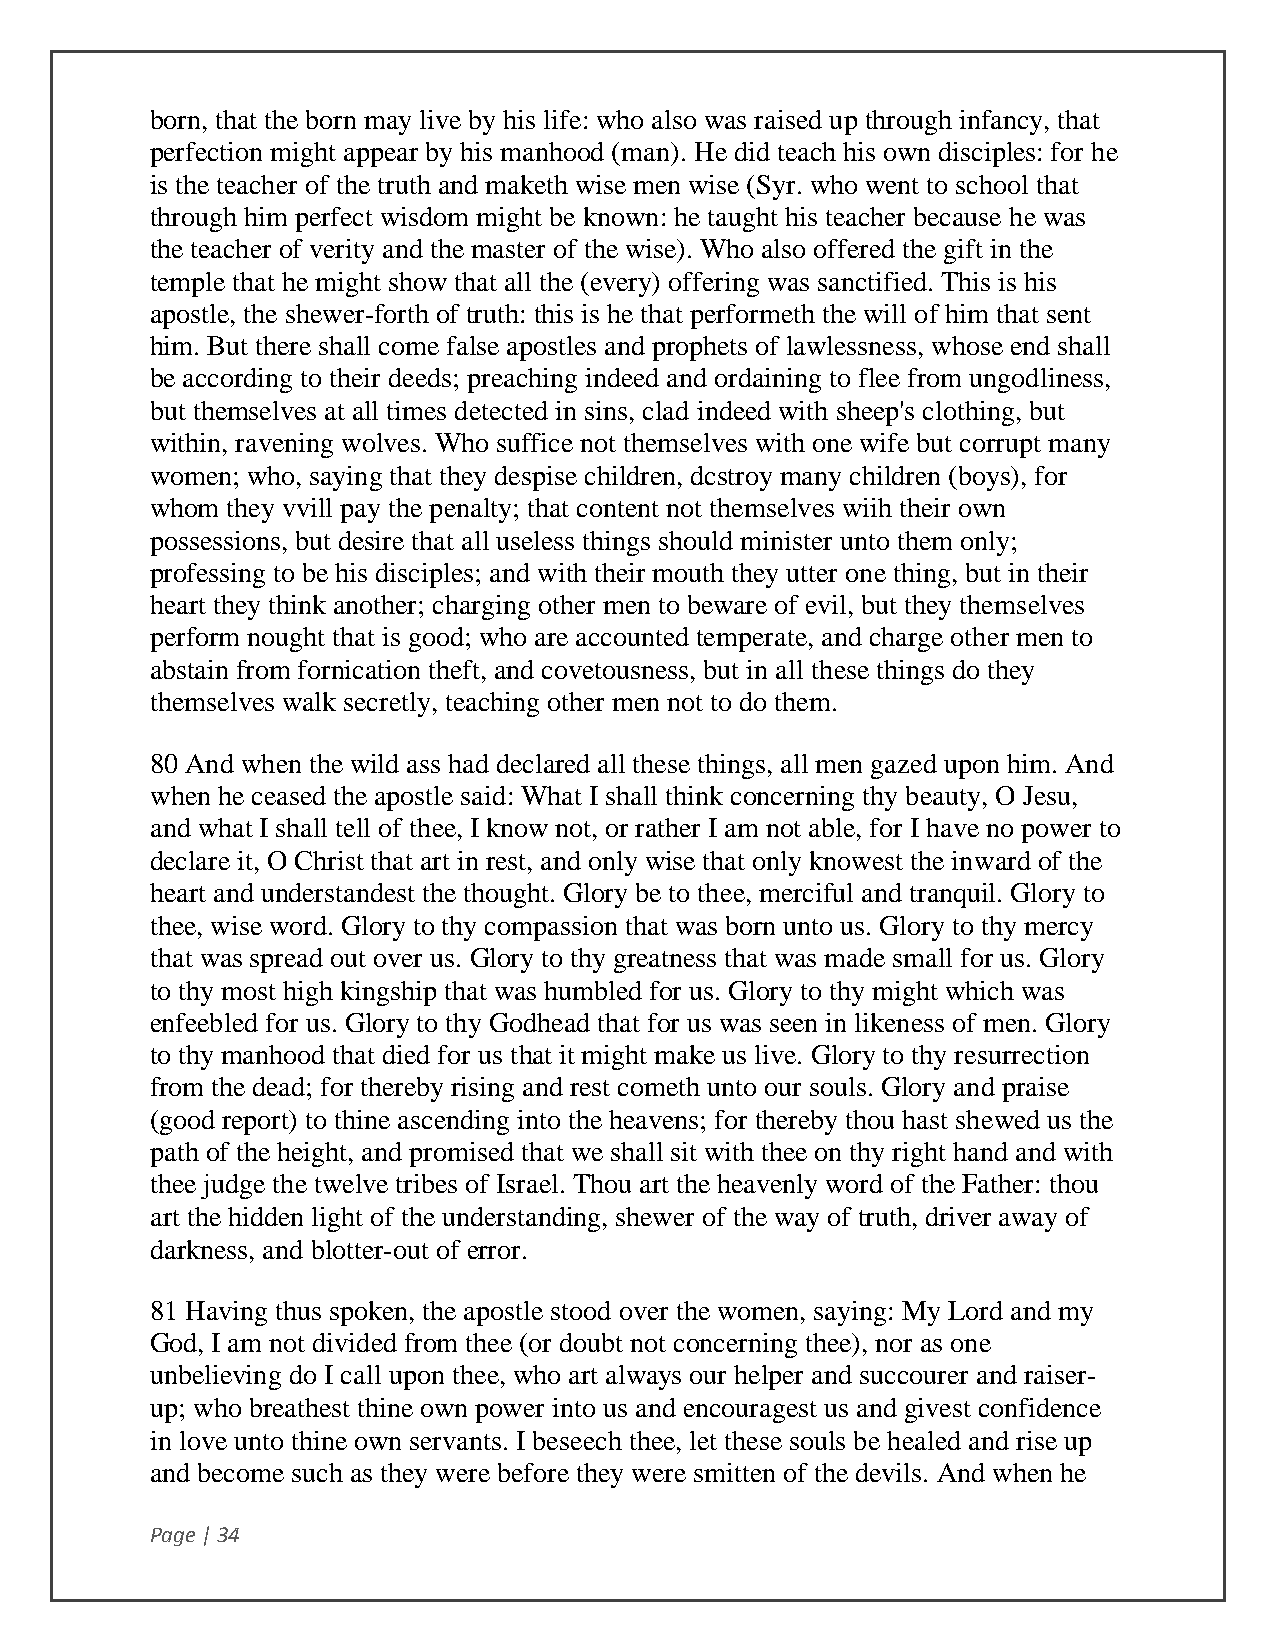
born, that the born may live by his life: who also was raised up through infancy, that
 perfection might appear by his manhood (man). He did teach his own disciples: for he
 is the teacher of the truth and maketh wise men wise (Syr. who went to school that
 through him perfect wisdom might be known: he taught his teacher because he was
 the teacher of verity and the master of the wise). Who also offered the gift in the
 temple that he might show that all the (every) offering was sanctified. This is his
 apostle, the shewer-forth of truth: this is he that performeth the will of him that sent
 him. But there shall come false apostles and prophets of lawlessness, whose end shall
 be according to their deeds; preaching indeed and ordaining to flee from ungodliness,
 but themselves at all times detected in sins, clad indeed with sheep's clothing, but
 within, ravening wolves. Who suffice not themselves with one wife but corrupt many
 women; who, saying that they despise children, dcstroy many children (boys), for
 whom they vvill pay the penalty; that content not themselves wiih their own
 possessions, but desire that all useless things should minister unto them only;
 professing to be his disciples; and with their mouth they utter one thing, but in their
 heart they think another; charging other men to beware of evil, but they themselves
 perform nought that is good; who are accounted temperate, and charge other men to
 abstain from fornication theft, and covetousness, but in all these things do they
 themselves walk secretly, teaching other men not to do them.
 80 And when the wild ass had declared all these things, all men gazed upon him. And
 when he ceased the apostle said: What I shall think concerning thy beauty, O Jesu,
 and what I shall tell of thee, I know not, or rather I am not able, for I have no power to
 declare it, O Christ that art in rest, and only wise that only knowest the inward of the
 heart and understandest the thought. Glory be to thee, merciful and tranquil. Glory to
 thee, wise word. Glory to thy compassion that was born unto us. Glory to thy mercy
 that was spread out over us. Glory to thy greatness that was made small for us. Glory
 to thy most high kingship that was humbled for us. Glory to thy might which was
 enfeebled for us. Glory to thy Godhead that for us was seen in likeness of men. Glory
 to thy manhood that died for us that it might make us live. Glory to thy resurrection
 from the dead; for thereby rising and rest cometh unto our souls. Glory and praise
 (good report) to thine ascending into the heavens; for thereby thou hast shewed us the
 path of the height, and promised that we shall sit with thee on thy right hand and with
 thee judge the twelve tribes of Israel. Thou art the heavenly word of the Father: thou
 art the hidden light of the understanding, shewer of the way of truth, driver away of
 darkness, and blotter-out of error.
 81 Having thus spoken, the apostle stood over the women, saying: My Lord and my
 God, I am not divided from thee (or doubt not concerning thee), nor as one
 unbelieving do I call upon thee, who art always our helper and succourer and raiser-
 up; who breathest thine own power into us and encouragest us and givest confidence
 in love unto thine own servants. I beseech thee, let these souls be healed and rise up
 and become such as they were before they were smitten of the devils. And when he
 Page | 34